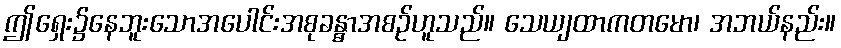
ဤရှေး၌နေဘူးသောအပေါင်းအစုခန္ဓာအစဉ်ဟူသည်။ သေယျထာကတမော၊ အဘယ်နည်း။